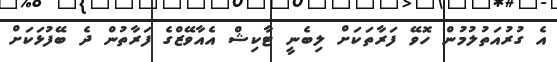
އެ ގުރުއަތުލުމުން ހޮވޭ ފަރާތަކަށް ލިބެނީ ޓާކިޝް އެއާވޭޒްގެ ފަރާތުން ދެ ބޭފުޅަކަށް